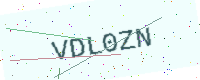
Text: VDL0ZN